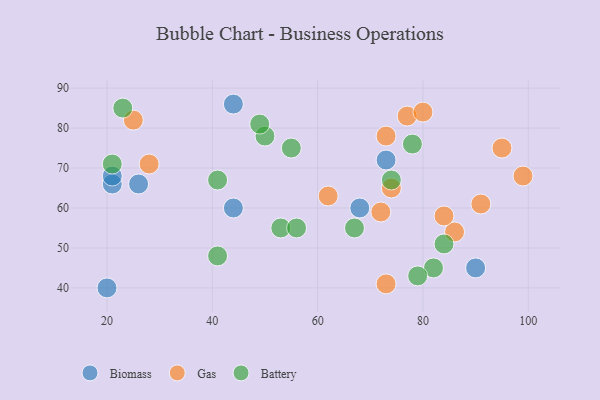
{"axis": {"x": "GDP", "y": "Life Expectancy"}, "legend": ["Battery", "Biomass", "Gas"], "data": [{"x": "21", "y": 66, "type": "Biomass"}, {"x": "44", "y": 86, "type": "Biomass"}, {"x": "44", "y": 60, "type": "Biomass"}, {"x": "20", "y": 40, "type": "Biomass"}, {"x": "21", "y": 68, "type": "Biomass"}, {"x": "26", "y": 66, "type": "Biomass"}, {"x": "73", "y": 72, "type": "Biomass"}, {"x": "68", "y": 60, "type": "Biomass"}, {"x": "90", "y": 45, "type": "Biomass"}, {"x": "77", "y": 83, "type": "Gas"}, {"x": "73", "y": 41, "type": "Gas"}, {"x": "99", "y": 68, "type": "Gas"}, {"x": "73", "y": 78, "type": "Gas"}, {"x": "74", "y": 65, "type": "Gas"}, {"x": "72", "y": 59, "type": "Gas"}, {"x": "80", "y": 84, "type": "Gas"}, {"x": "86", "y": 54, "type": "Gas"}, {"x": "25", "y": 82, "type": "Gas"}, {"x": "28", "y": 71, "type": "Gas"}, {"x": "91", "y": 61, "type": "Gas"}, {"x": "84", "y": 58, "type": "Gas"}, {"x": "95", "y": 75, "type": "Gas"}, {"x": "62", "y": 63, "type": "Gas"}, {"x": "23", "y": 85, "type": "Battery"}, {"x": "78", "y": 76, "type": "Battery"}, {"x": "50", "y": 78, "type": "Battery"}, {"x": "41", "y": 48, "type": "Battery"}, {"x": "82", "y": 45, "type": "Battery"}, {"x": "55", "y": 75, "type": "Battery"}, {"x": "84", "y": 51, "type": "Battery"}, {"x": "67", "y": 55, "type": "Battery"}, {"x": "53", "y": 55, "type": "Battery"}, {"x": "74", "y": 67, "type": "Battery"}, {"x": "56", "y": 55, "type": "Battery"}, {"x": "41", "y": 67, "type": "Battery"}, {"x": "49", "y": 81, "type": "Battery"}, {"x": "21", "y": 71, "type": "Battery"}, {"x": "79", "y": 43, "type": "Battery"}]}